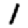
Digit: 1